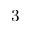
3